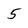
Character: 5